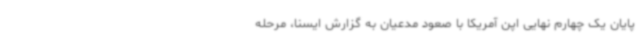
پایان یک چهارم نهایی اپن آمریکا با صعود مدعیان به گزارش ایسنا، مرحله